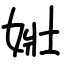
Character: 𡝂